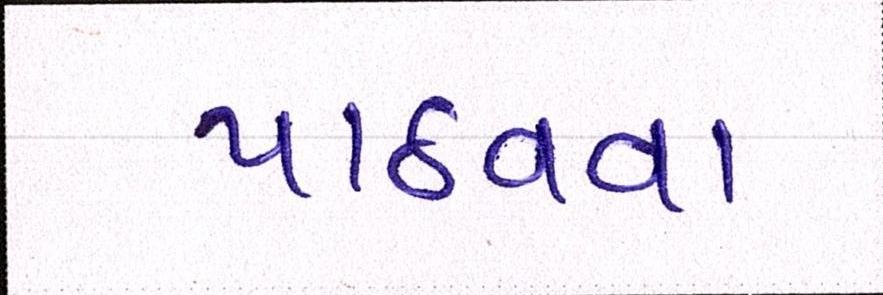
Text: પાઠવવા